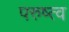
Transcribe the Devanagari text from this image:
परुष्त्व